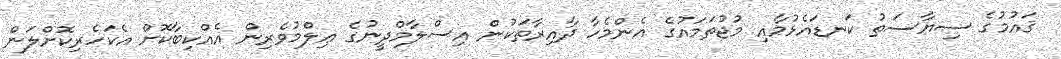
ޤައުމުގެ ސިޔާސަތު ކަނޑައެޅުމާއި މުޖުތަމައުގެ އެންމެހާ ދާއިރާތަކުން އިސްލާމްދީނުގެ ޢިލްމުވެރިން އެއްކިބާކޮށް އެކަހެރިކޮށްލަން